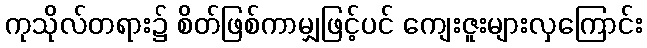
ကုသိုလ်တရား၌ စိတ်ဖြစ်ကာမျှဖြင့်ပင် ကျေးဇူးများလှကြောင်း